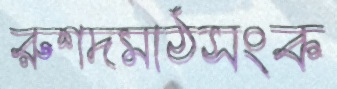
রুশদমাঠসংক